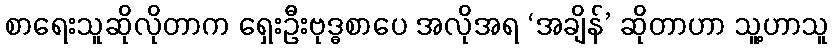
စာရေးသူဆိုလိုတာက ရှေးဦးဗုဒ္ဓစာပေ အလိုအရ ‘အချိန်’ ဆိုတာဟာ သူ့ဟာသူ